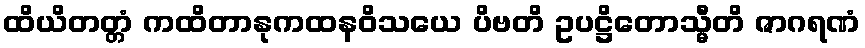
ထိယိတတ္တံ ကထိတာနုကထနဝိသယေ ပိဗတိ ဥပဋ္ဌိတောသ္မီတိ ဇာဂရဏံ